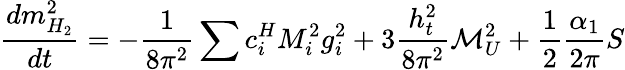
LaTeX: \frac{dm_{H_{2}}^{2}}{dt}=-\frac 1{8\pi^{2}}\sum{c_{i}^{H}M_{i}^{2}g_{i}^{2}}+3\frac{h_{t}^{2}}{8\pi^{2}}{\cal M}_{U}^{2}+\frac 12\frac{\alpha_{1}}{2\pi}S